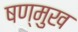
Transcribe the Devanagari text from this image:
षण्मुख